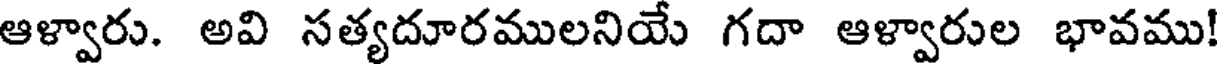
ఆళ్వారు. అవి సత్యదూరములనియే గదా ఆళ్వారుల భావము!